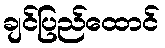
ချင်ပြည်ထောင်